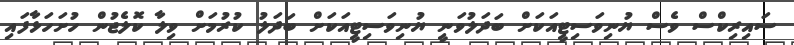
ސައިރިކްސް ވެސް ޔުނިވަސިޓީއަކަށް ބަދަލުވަނީ ޔުނިވަސިޓީއަކަށް ބަދަލު ކުރުމަށް ވިލާ ކޮލެޖުން ހުށަހަޅާފައި